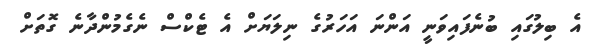
އެ ބިލުގައި ބުނެފައިވަނީ އަންނަ އަހަރުގެ ނިލަޔަށް އެ ޓެކްސް ނެގެމުންދާނެ ގޮތަށް